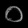
Digit: ၀